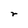
Character: r